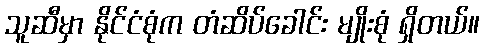
သူဆီမှာ နိုင်ငံစုံက တံဆိပ်ခေါင်း မျိုးစုံ ရှိတယ်။